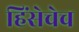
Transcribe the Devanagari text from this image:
हिंसेचेच